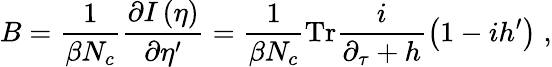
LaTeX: B=\frac{1}{\beta N_{c}}\frac{\partial I\left(\eta\right)}{\partial\eta^{\prime}}=\frac{1}{\beta N_{c}}\mathrm{Tr}\frac{i}{\partial_{\tau}+h}\left(1-ih^{\prime}\right)\; ,